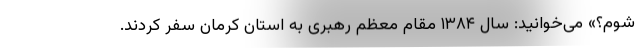
شوم؟» می‌خوانید: سال ۱۳۸۴ مقام معظم رهبری به استان کرمان سفر کردند.